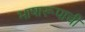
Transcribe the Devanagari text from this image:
भाषारूपाची